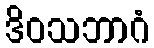
ဒိဝသဘာဂံ